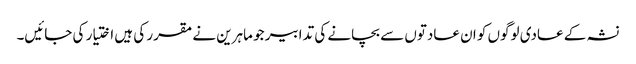
نشہ کے عادی لوگوں کو ان عادتوں سے بچانے کی تدابیر جو ماہرین نے مقرر کی ہیں اختیار کی جائیں۔